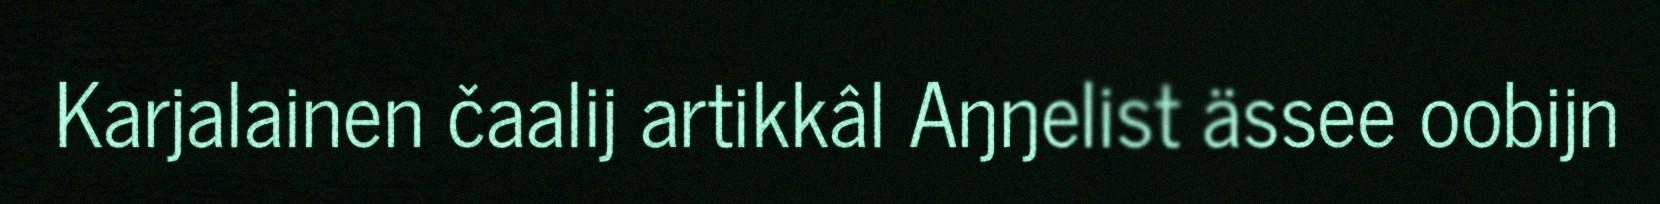
Karjalainen čaalij artikkâl Aŋŋelist ässee oobijn